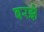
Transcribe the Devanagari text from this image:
बरझे